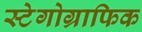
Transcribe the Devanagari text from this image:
स्टेगोग्राफिक